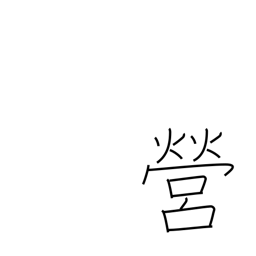
Meaning: perform